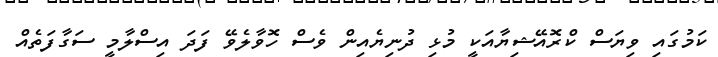
ކަމުގައި ވިޔަސް ކްރޮއޭޝިޔާއަކީ މުޅި ދުނިޔެއިން ވެސް ހޮވާލެވޭ ފަދަ އިސްލާމީ ސަގާފަތެއް